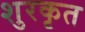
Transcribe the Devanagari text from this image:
शुरकृत